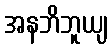
အနဘိဘူယျ